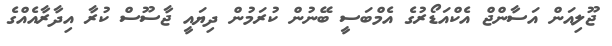
ޖޫލިއަން އަސާންޖް އެކްއަޑޯރުގެ އެމްބަސީ ބޭނުން ކުރަމުން ދިޔައީ ޖާސޫސް ކުރާ އިދާރާއެއްގެ